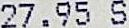
27.95 S